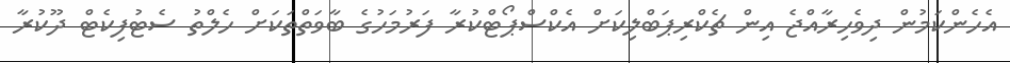
އެހެންކަމުން ދިވެހިރާއްޖެ އިން ޗެކްރިޕަބްލިކަށް އެކްސްޕޯޓްކުރާ ފަރުމަހުގެ ބާވަތްތަކަށް ހެލްތު ސެޓުފިކެޓް ދޫކުރާ